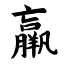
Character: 羸